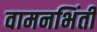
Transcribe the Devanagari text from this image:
वामनभिंती